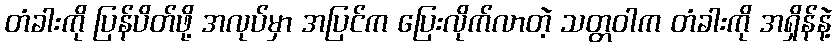
တံခါးကို ပြန်ပိတ်ဖို့ အလုပ်မှာ အပြင်က ပြေးလိုက်လာတဲ့ သတ္တဝါက တံခါးကို အရှိန်နဲ့